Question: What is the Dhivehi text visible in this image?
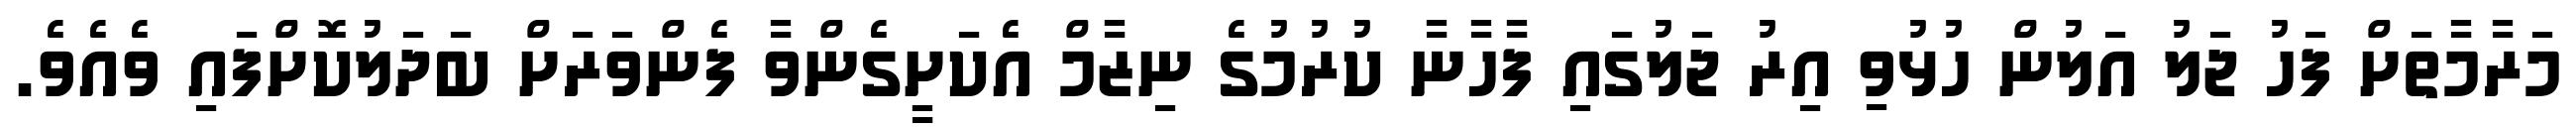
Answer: މަރާމާތަށް ފަހު ޖަލު އަލުން ހުޅުވި އިރު ޖަލުގައި ފާހާނާ ކުރުމުގެ ނިޒާމް އެކަށީގެންވާ ފެންވަރަށް ބަދަލުކޮށްފައި ވެއެވެ.